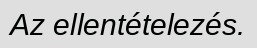
Az ellentételezés.